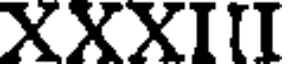
XXXIII